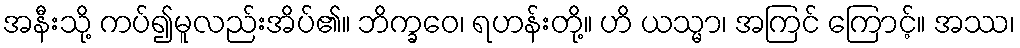
အနီးသို့ ကပ်၍မူလည်းအိပ်၏။ ဘိက္ခဝေ၊ ရဟန်းတို့။ ဟိ ယသ္မာ၊ အကြင် ကြောင့်။ အဿ၊